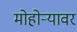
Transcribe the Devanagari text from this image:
मोहोऱ्यावर